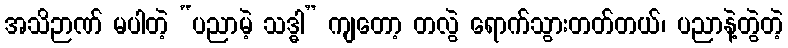
အသိဉာဏ် မပါတဲ့ “ပညာမဲ့ သဒ္ဓါ” ကျတော့ တလွဲ ရောက်သွားတတ်တယ်၊ ပညာနဲ့တွဲတဲ့